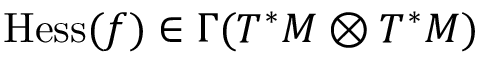
\operatorname { H e s s } ( f ) \in \Gamma ( T ^ { * } M \otimes T ^ { * } M )